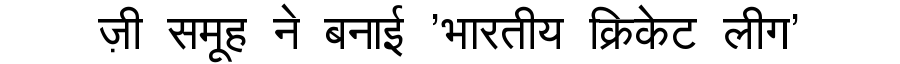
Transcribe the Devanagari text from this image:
ज़ी समूह ने बनाई 'भारतीय क्रिकेट लीग'